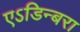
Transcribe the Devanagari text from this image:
एऽडिन्बरा